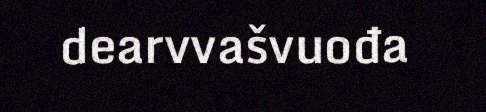
dearvvašvuođa